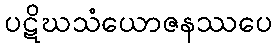
ပဋိဃသံယောဇနဿပေ